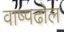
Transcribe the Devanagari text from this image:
वाष्पढोल